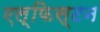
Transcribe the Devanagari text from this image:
एल्फिस्टन